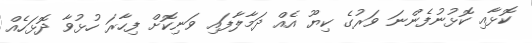
ކޮޅާއި ކޮޅުނުފެންނަ ވަރުގެ ކިޔޫ އެއް ދަމާލާފައި ވަނިކޮށް ފިހާރަ ހުޅުވާ ދޮޅަހެއް